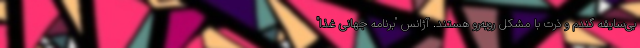
بی‌سایقه گندم و ذرت با مشکل روبه‌رو هستند. آژانس "برنامه جهانی غذا"